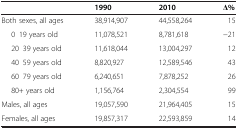
<table><thead><tr><td></td><td><b>1990</b></td><td><b>2010</b></td><td><b>Δ%</b></td></tr></thead><tbody><tr><td>Both sexes, all ages</td><td>38,914,907</td><td>44,558,264</td><td>15</td></tr><tr><td>0–19 years old</td><td>11,078,521</td><td>8,781,618</td><td>−21</td></tr><tr><td>20–39 years old</td><td>11,618,044</td><td>13,004,297</td><td>12</td></tr><tr><td>40–59 years old</td><td>8,820,927</td><td>12,589,546</td><td>43</td></tr><tr><td>60–79 years old</td><td>6,240,651</td><td>7,878,252</td><td>26</td></tr><tr><td>80+ years old</td><td>1,156,764</td><td>2,304,554</td><td>99</td></tr><tr><td>Males, all ages</td><td>19,057,590</td><td>21,964,405</td><td>15</td></tr><tr><td>Females, all ages</td><td>19,857,317</td><td>22,593,859</td><td>14</td></tr></tbody></table>